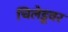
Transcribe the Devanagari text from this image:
चिलेडूवर